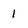
Character: 1